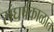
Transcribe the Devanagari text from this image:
संघर्षकाळात